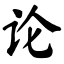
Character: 论